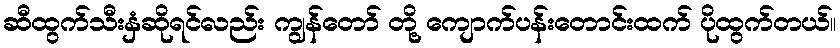
ဆီထွက်သီးနှံဆိုရင်လည်း ကျွန်တော် တို့ ကျောက်ပန်းတောင်းထက် ပိုထွက်တယ်။